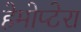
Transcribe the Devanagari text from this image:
हेमोप्टेरा